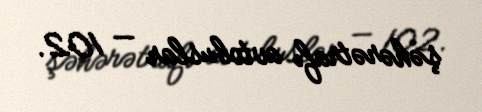
şəhərətrafı avtobuslar — 102.